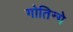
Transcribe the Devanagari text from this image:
गोतिन्गे